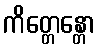
ကိတ္တေန္တော